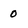
Character: 0